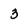
Character: 3